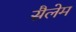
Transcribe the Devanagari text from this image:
सैलेम